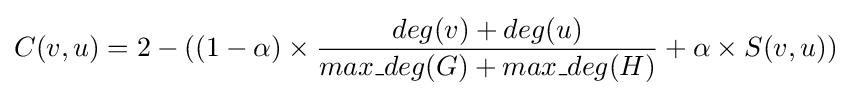
C(v,u)=2-((1-\alpha )\times {\frac {deg(v)+deg(u)}{max\_deg(G)+max\_deg(H)}}+\alpha \times S(v,u))